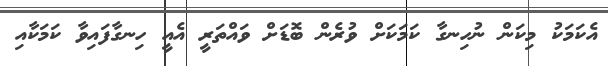
އެކަމަކު މިކަން ނުހިނގާ ކަމަކަށް ވުރެން ބޮޑަށް ވައްތަރީ އެއީ ހިނގާފައިވާ ކަމަކާއި